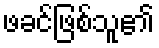
ဖခင်ဖြစ်သူ၏